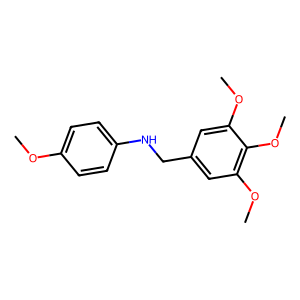
SMILES: COc1ccc(NCc2cc(OC)c(OC)c(OC)c2)cc1
Inhibits HIV replication: No